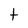
Character: t